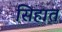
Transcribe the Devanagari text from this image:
सिहात